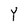
Character: Y